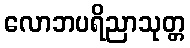
လောဘပရိညာသုတ္တ